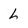
Character: L